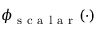
\phi _ { \mathrm { ~ s ~ c ~ a ~ l ~ a ~ r ~ } } ( \cdot )